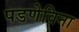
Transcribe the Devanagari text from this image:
पडणेविना